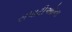
સપાટીઓના